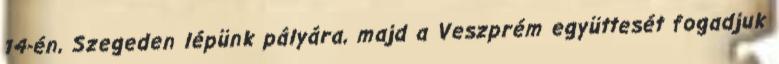
14-én, Szegeden lépünk pályára, majd a Veszprém együttesét fogadjuk